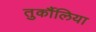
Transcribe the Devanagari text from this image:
तुर्कौलिया